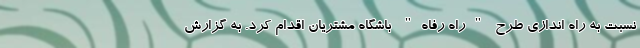
نسبت به راه اندازی طرح "راه رفاه" باشگاه مشتریان اقدام کرد. به گزارش